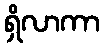
ရှိလာကာ